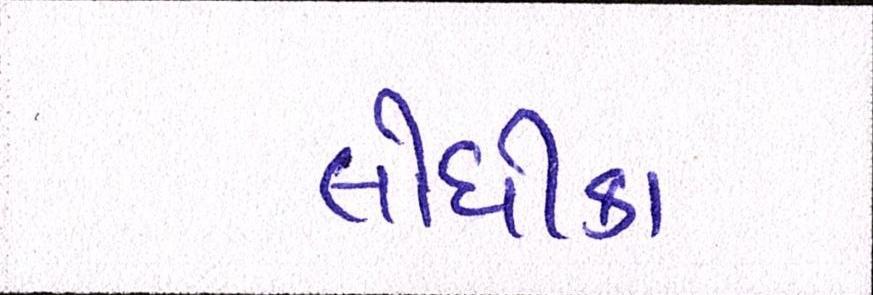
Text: લોધીકા